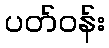
ပတ်ဝန်း